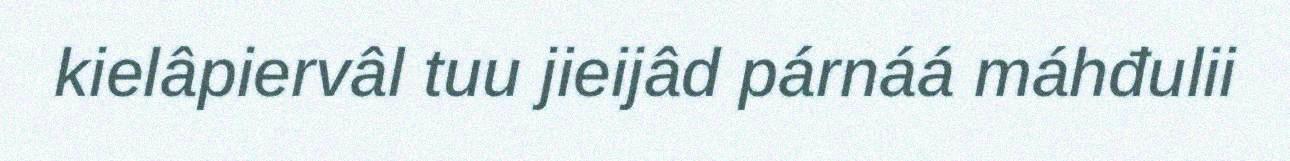
kielâpiervâl tuu jieijâd párnáá máhđulii